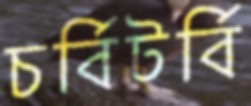
চর্বিটর্বি